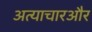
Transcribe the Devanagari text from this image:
अत्याचारऔर